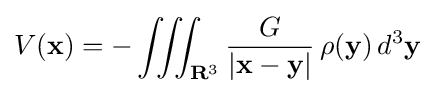
V(\mathbf {x} )=-\iiint _{\mathbf {R} ^{3}}{\frac {G}{|\mathbf {x} -\mathbf {y} |}}\,\rho (\mathbf {y} )\,d^{3}\mathbf {y}